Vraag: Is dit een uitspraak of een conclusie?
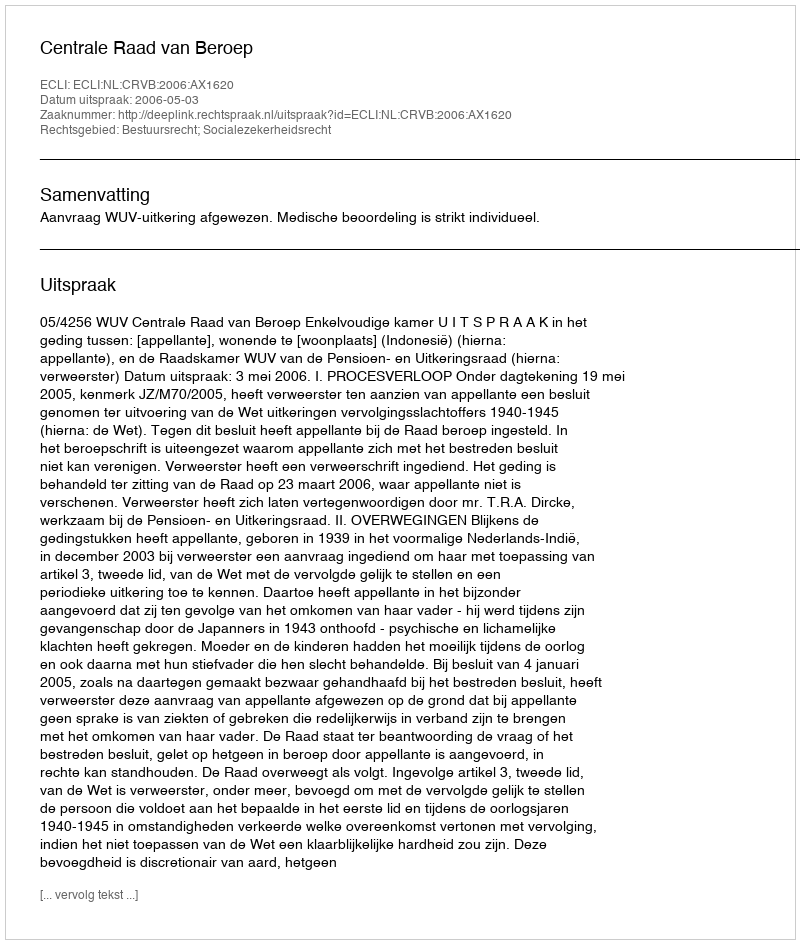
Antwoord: Uitspraak